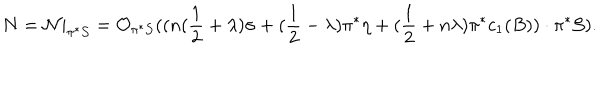
LaTeX: N = { \cal N } | _ { \pi ^ { * } { \cal S } } = { \cal O } _ { \pi ^ { * } { \cal S } } ( ( n ( \frac { 1 } { 2 } + \lambda ) \sigma + ( \frac { 1 } { 2 } - \lambda ) \pi ^ { * } \eta + ( \frac { 1 } { 2 } + n \lambda ) \pi ^ { * } c _ { 1 } ( B ) ) \cdot \pi ^ { * } { \cal S } ) .